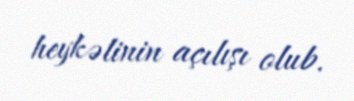
heykəlinin açılışı olub.